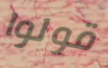
قولوا